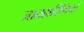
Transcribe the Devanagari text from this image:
जातहारिणियों